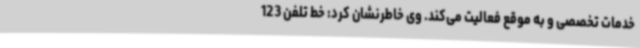
خدمات تخصصی و به موقع فعالیت می‌کند. وی خاطرنشان کرد: خط تلفن 123